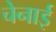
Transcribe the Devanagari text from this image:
चेनाई